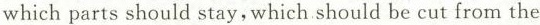
which parts should stay,which should be cut from the